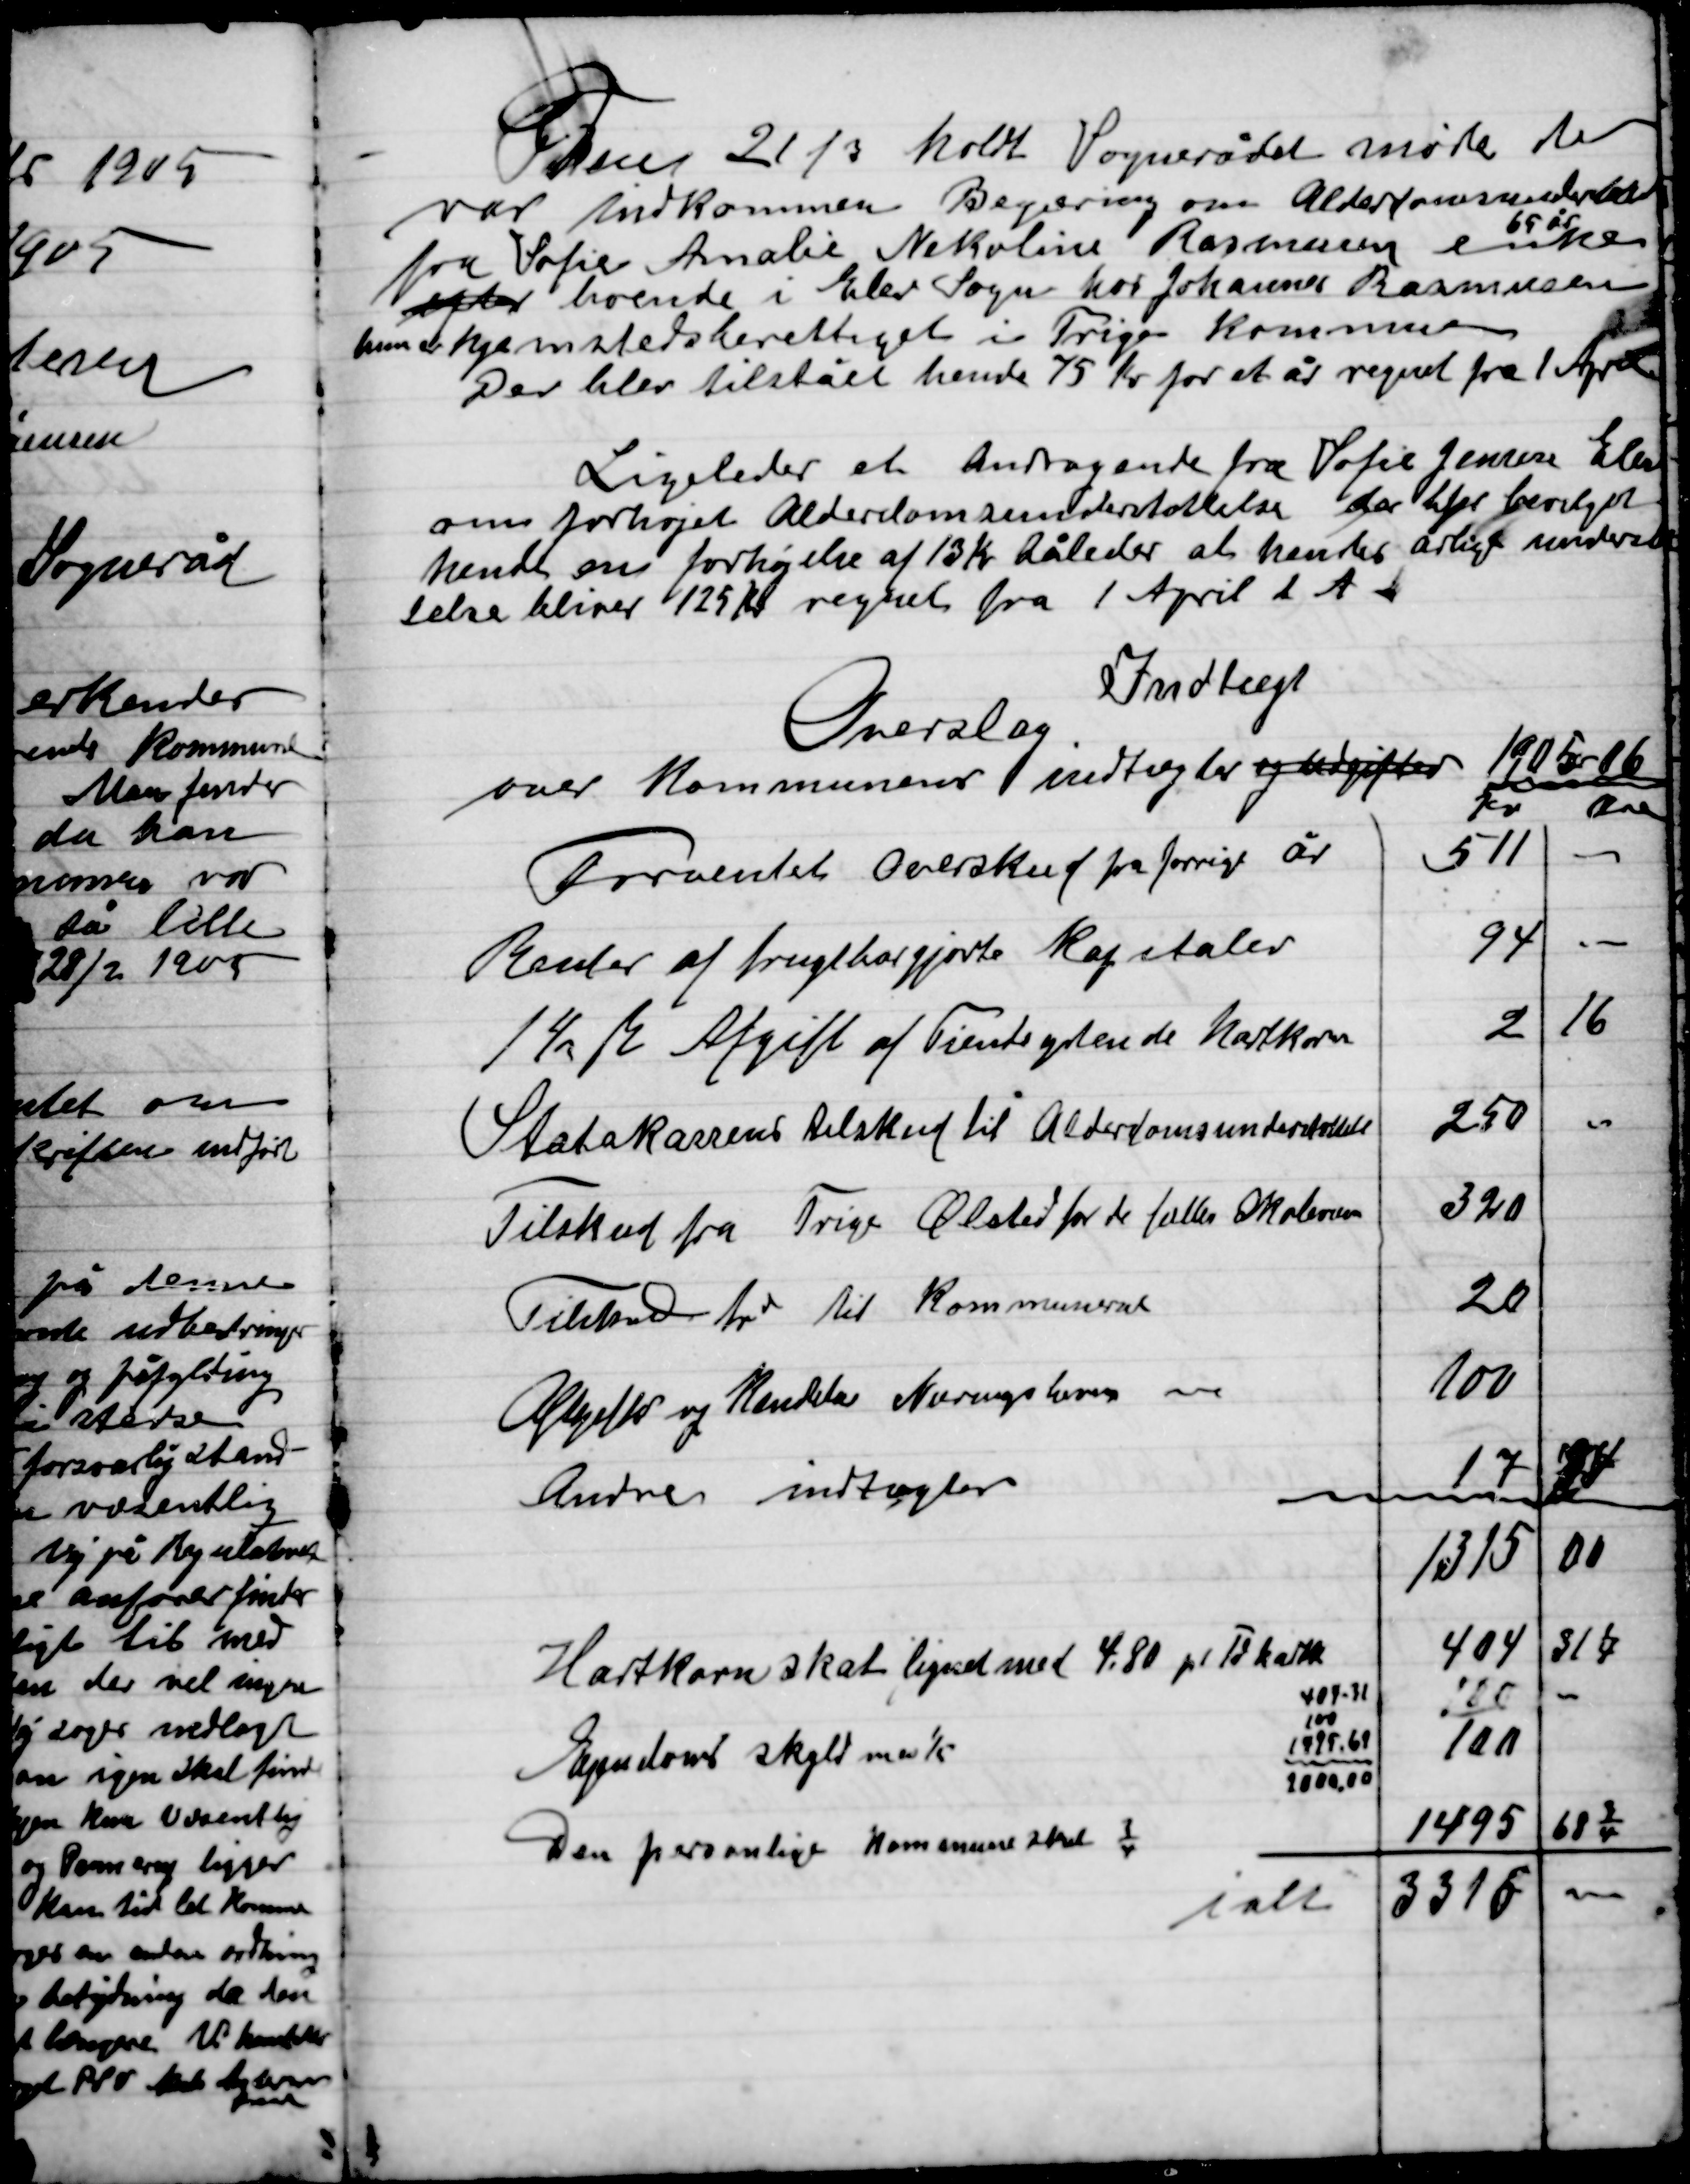
Transskription:
Den 21/3 holdt Sognerådet møde der
var tilkommen Begæring om Alderdomsunderstøttelse
fra Sofie Amalie Nikoline Rasmussen enke
65 År
Efter boende i Elev Sogne hos Johannes Rasmussen
Hun er hjemstedsberettiget i Trige Kommune
Der blev tilstået hende 75 Kr. for et år regnet fra 1 April

Ligeledes et andragende fra Sofie Jensen Elev
Om forhøjet Alderdomsunderstøttelse der blev bevilget
hende en forhøjelse af 13 Kr. således at hendes årlige indehold-
else bliver 125 Kr. regnet fra 1 April d. A.